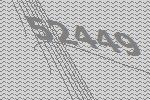
52449